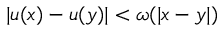
| u ( x ) - u ( y ) | < \omega ( | x - y | )